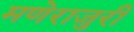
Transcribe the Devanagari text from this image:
मणेराजुरी